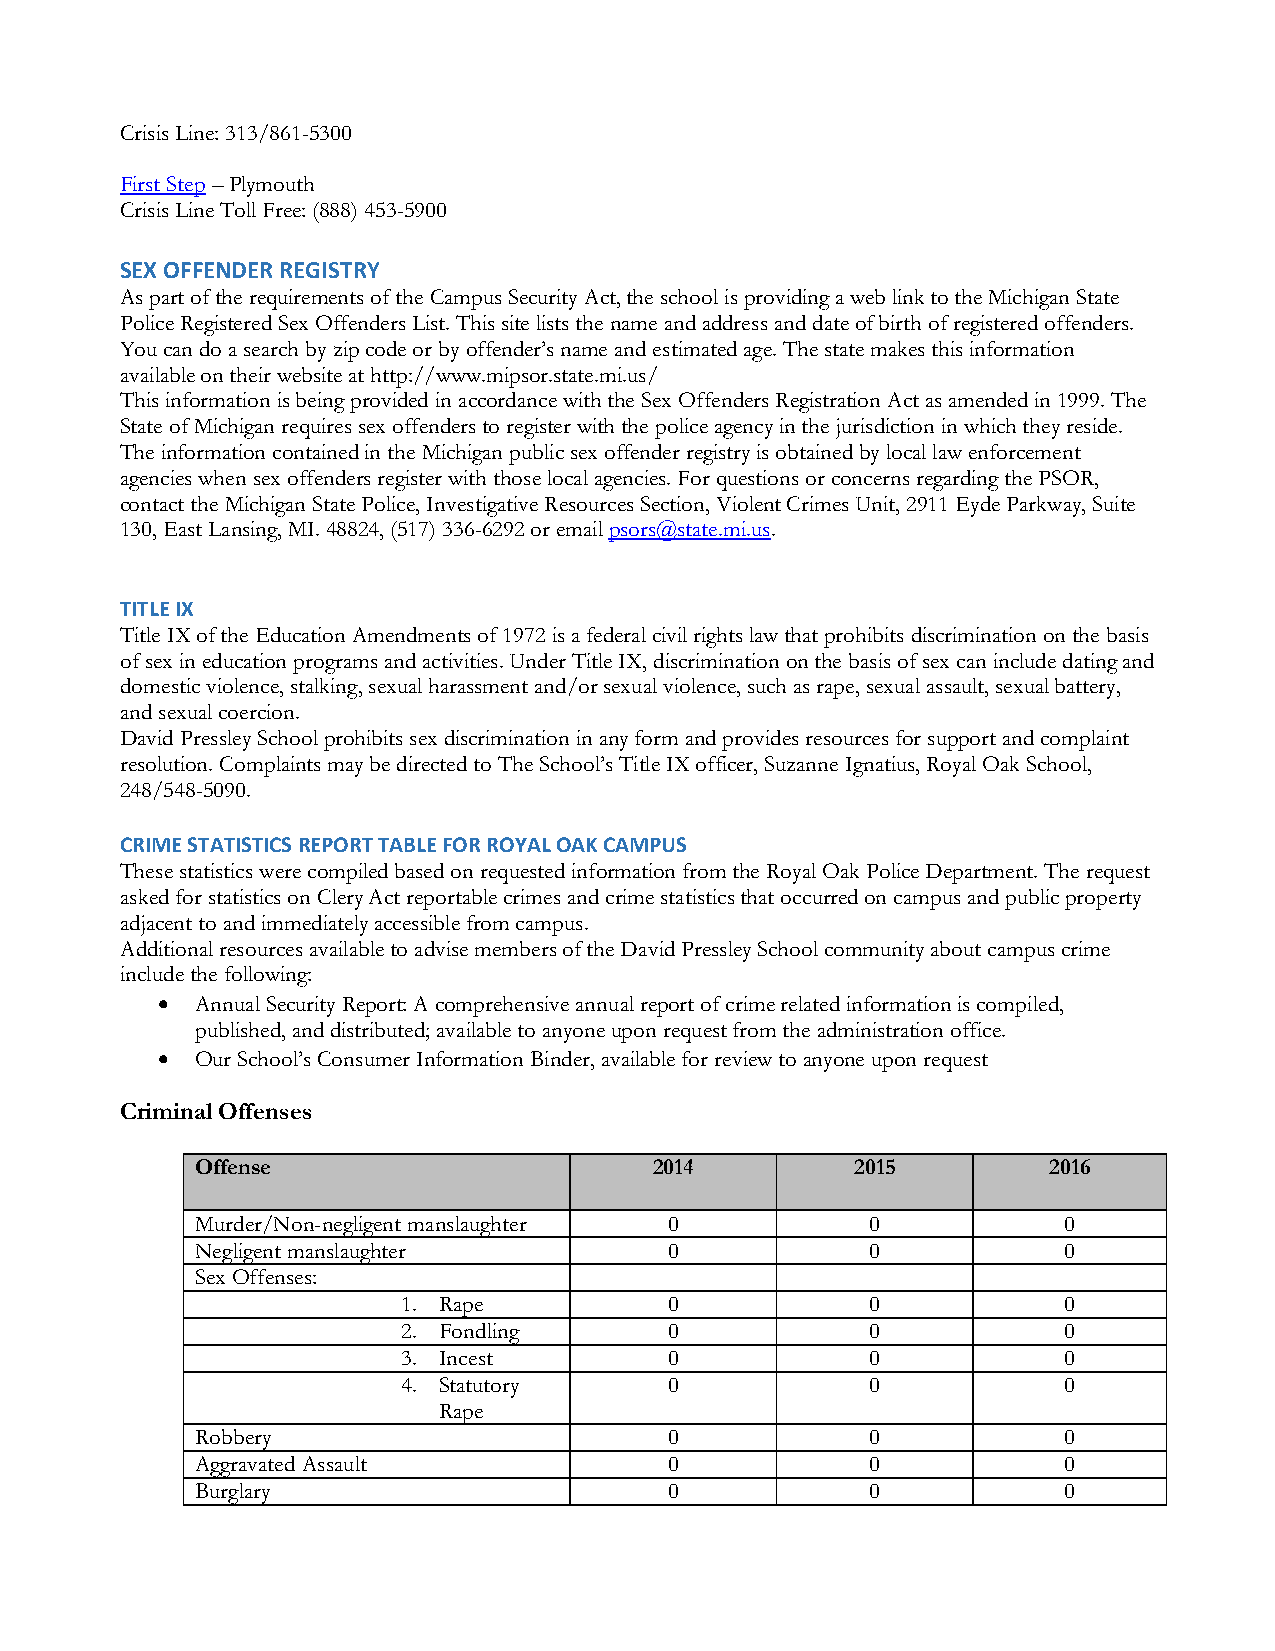
Crisis Line: 313/861-5300
 First Step – Plymouth
 Crisis Line Toll Free: (888) 453-5900
 SEX OFFENDER REGISTRY
 As part of the requirements of the Campus Security Act, the school is providing a web link to the Michigan State
 Police Registered Sex Offenders List. This site lists the name and address and date of birth of registered offenders.
 You can do a search by zip code or by offender’s name and estimated age. The state makes this information
 available on their website at http://www.mipsor.state.mi.us/
 This information is being provided in accordance with the Sex Offenders Registration Act as amended in 1999. The
 State of Michigan requires sex offenders to register with the police agency in the jurisdiction in which they reside.
 The information contained in the Michigan public sex offender registry is obtained by local law enforcement
 agencies when sex offenders register with those local agencies. For questions or concerns regarding the PSOR,
 contact the Michigan State Police, Investigative Resources Section, Violent Crimes Unit, 2911 Eyde Parkway, Suite
 130, East Lansing, MI. 48824, (517) 336-6292 or email psors@state.mi.us.
 TITLE IX
 Title IX of the Education Amendments of 1972 is a federal civil rights law that prohibits discrimination on the basis
 of sex in education programs and activities. Under Title IX, discrimination on the basis of sex can include dating and
 domestic violence, stalking, sexual harassment and/or sexual violence, such as rape, sexual assault, sexual battery,
 and sexual coercion.
 David Pressley School prohibits sex discrimination in any form and provides resources for support and complaint
 resolution. Complaints may be directed to The School’s Title IX officer, Suzanne Ignatius, Royal Oak School,
 248/548-5090.
 CRIME STATISTICS REPORT TABLE FOR ROYAL OAK CAMPUS
 These statistics were compiled based on requested information from the Royal Oak Police Department. The request
 asked for statistics on Clery Act reportable crimes and crime statistics that occurred on campus and public property
 adjacent to and immediately accessible from campus.
 Additional resources available to advise members of the David Pressley School community about campus crime
 include the following:
 •  Annual Security Report: A comprehensive annual report of crime related information is compiled,
 published, and distributed; available to anyone upon request from the administration office.
 •  Our School’s Consumer Information Binder, available for review to anyone upon request
 Criminal Offenses
 Offense                       2014          2015        2016
 Murder/Non-negligent manslaughter 0          0           0
 Negligent manslaughter         0             0           0
 Sex Offenses:
 1. Rape          0             0           0
 2. Fondling      0             0           0
 3. Incest        0             0           0
 4. Statutory     0             0           0
 Rape
 Robbery                        0             0           0
 Aggravated Assault             0             0           0
 Burglary                       0             0           0